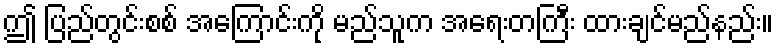
ဤ ပြည်တွင်းစစ် အကြောင်းကို မည်သူက အရေးတကြီး ထားချင်မည်နည်း။